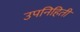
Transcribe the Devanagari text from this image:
उपनिहिती